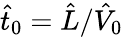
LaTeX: \hat{t}_{0}=\hat{L}/\hat{V}_{0}